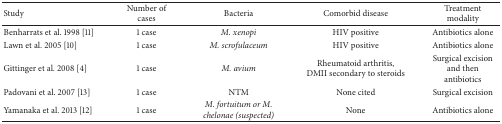
| Study | Number of cases | Bacteria | Comorbid disease | Treatment modality |
 | --- | --- | --- | --- | --- |
 | Benharrats et al. 1998 [11] | 1 case | M. xenopi | HIV positive | Antibiotics alone |
 | Lawn et al. 2005 [10] | 1 case | M. scrofulaceum | HIV positive | Antibiotics alone |
 | Gittinger et al. 2008 [4] | 1 case | M. avium | Rheumatoid arthritis, DMII secondary to steroids | Surgical excision and then antibiotics |
 | Padovani et al. 2007 [13] | 1 case | NTM | None cited | Surgical excision |
 | Yamanaka et al. 2013 [12] | 1 case | M. fortuitum or M. chelonae (suspected) | None | Antibiotics alone |